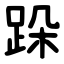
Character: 跺